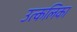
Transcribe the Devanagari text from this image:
उत्‍कलिका